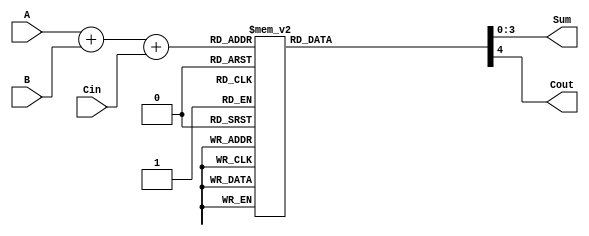
module BCD_LUT_Adder (
    input  wire [3:0] A,    // First BCD digit
    input  wire [3:0] B,    // Second BCD digit
    input  wire Cin,        // Carry-in
    output reg  [3:0] Sum,  // Resulting BCD digit
    output reg Cout         // Carry-out
);

// Internal signal to hold the binary sum
wire [4:0] S;  // 5 bits to accommodate carry
assign S = A + B + Cin;  // Calculate initial binary sum

// Look-Up Table for BCD correction
always @(*) begin
    // Default output
    Sum = 4'b0000;
    Cout = 1'b0;

    case (S)
        5'd0:  {Cout, Sum} = 5'b00000;  // 0 -> Sum=0, Cout=0
        5'd1:  {Cout, Sum} = 5'b00001;  // 1 -> Sum=1, Cout=0
        5'd2:  {Cout, Sum} = 5'b00010;  // 2 -> Sum=2, Cout=0
        5'd3:  {Cout, Sum} = 5'b00011;  // 3 -> Sum=3, Cout=0
        5'd4:  {Cout, Sum} = 5'b00100;  // 4 -> Sum=4, Cout=0
        5'd5:  {Cout, Sum} = 5'b00101;  // 5 -> Sum=5, Cout=0
        5'd6:  {Cout, Sum} = 5'b00110;  // 6 -> Sum=6, Cout=0
        5'd7:  {Cout, Sum} = 5'b00111;  // 7 -> Sum=7, Cout=0
        5'd8:  {Cout, Sum} = 5'b01000;  // 8 -> Sum=8, Cout=0
        5'd9:  {Cout, Sum} = 5'b01001;  // 9 -> Sum=9, Cout=0
        5'd10: {Cout, Sum} = 5'b10000;  // 10 -> Sum=0, Cout=1
        5'd11: {Cout, Sum} = 5'b10001;  // 11 -> Sum=1, Cout=1
        5'd12: {Cout, Sum} = 5'b10010;  // 12 -> Sum=2, Cout=1
        5'd13: {Cout, Sum} = 5'b10011;  // 13 -> Sum=3, Cout=1
        5'd14: {Cout, Sum} = 5'b10100;  // 14 -> Sum=4, Cout=1
        5'd15: {Cout, Sum} = 5'b10101;  // 15 -> Sum=5, Cout=1
        5'd16: {Cout, Sum} = 5'b10110;  // 16 -> Sum=6, Cout=1
        5'd17: {Cout, Sum} = 5'b10111;  // 17 -> Sum=7, Cout=1
        5'd18: {Cout, Sum} = 5'b11000;  // 18 -> Sum=8, Cout=1
        5'd19: {Cout, Sum} = 5'b11001;  // 19 -> Sum=9, Cout=1
        default: {Cout, Sum} = 5'b00000; // Default case
    endcase
end

endmodule